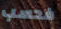
فحسب